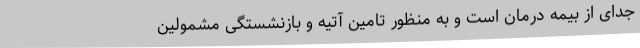
جدای از بیمه درمان است و به منظور تامین آتیه و بازنشستگی مشمولین